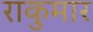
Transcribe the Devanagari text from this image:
राकुमार